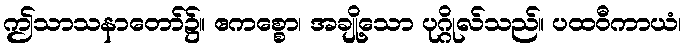
ဤသာသနာတော်၌။ ဧကစ္စော၊ အချို့သော ပုဂ္ဂိုလ်သည်။ ပထဝီကာယံ၊